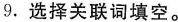
9.选择关联词填空。